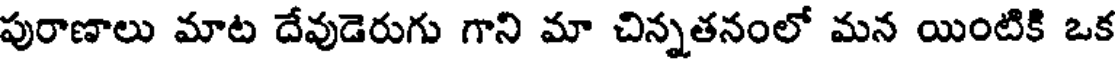
పురాణాలు మాట దేవుడెరుగు గాని మా చిన్నతనంలో మన యింటికి ఒక